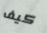
كيف